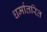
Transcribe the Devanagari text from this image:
धर्मातरित